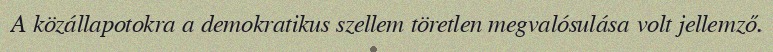
A közállapotokra a demokratikus szellem töretlen megvalósulása volt jellemző.